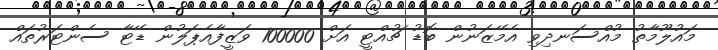
މައުލޫމާތު މުއްސަނދިވި އެމޭޒަނުން ބޮޑު ޗުއްޓީ އަށް 100000 ވަޒީފާއެޕަލުން ޑޭޓާ ސެންޓަރުތައް